Vaccination in the Punjab 1897-1904 - 1897-1904
Year: 1897
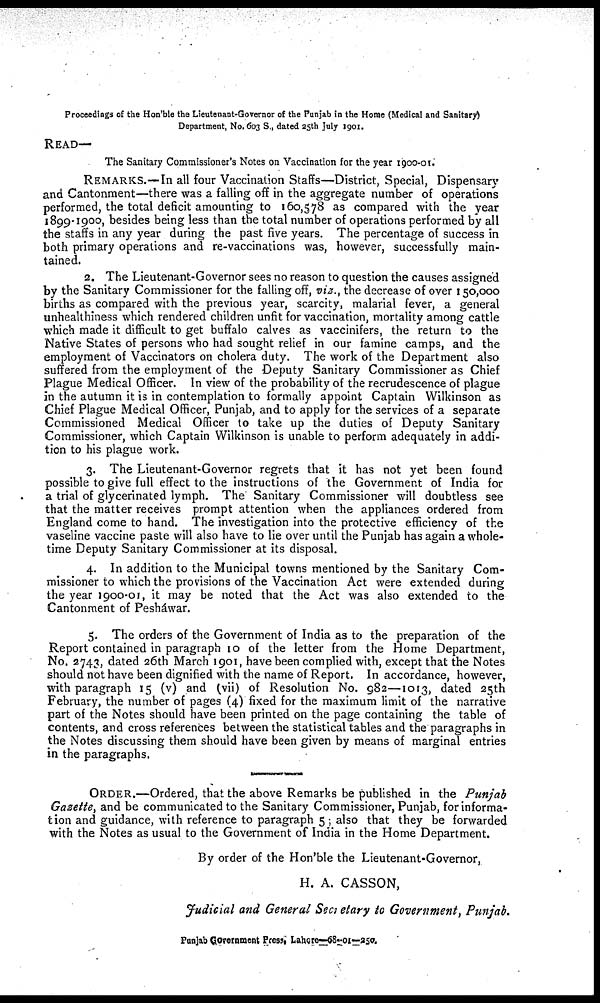
Proceedings of the Hon'ble the Lieutenant-Governor of the Punjab in the Home (Medical and Sanitary)
Department, No. 603 S., dated 25th July 1901.
READ—
The Sanitary Commissioner's Notes on Vaccination for the year 1900-01.
REMARKS.—In all four Vaccination Staffs—District, Special, Dispensary
and Cantonment—there was a falling off in the aggregate number of operations
performed, the total deficit amounting to 160,578 as compared with the year
1899-1900, besides being less than the total number of operations performed by all
the staffs in any year during the past five years. The percentage of success in
both primary operations and re-vaccinations was, however, successfully main-
tained.
2. The Lieutenant-Governor sees no reason to question the causes assigned
by the Sanitary Commissioner for the falling off, viz., the decrease of over 150,000
births as compared with the previous year, scarcity, malarial fever, a general
unhealthiness which rendered children unfit for vaccination, mortality among cattle
which made it difficult to get buffalo calves as vaccinifers, the return to the
Native States of persons who had sought relief in our famine camps, and the
employment of Vaccinators on cholera duty. The work of the Department also
suffered from the employment of the Deputy Sanitary Commissioner as Chief
Plague Medical Officer. In view of the probability of the recrudescence of plague
in the autumn it is in contemplation to formally appoint Captain Wilkinson as
Chief Plague Medical Officer, Punjab, and to apply for the services of a separate
Commissioned Medical Officer to take up the duties of Deputy Sanitary
Commissioner, which Captain Wilkinson is unable to perform adequately in addi-
tion to his plague work.
3. The Lieutenant-Governor regrets that it has not yet been found
possible to give full effect to the instructions of the Government of India for
a trial of glycerinated lymph. The Sanitary Commissioner will doubtless see
that the matter receives prompt attention when the appliances ordered from
England come to hand. The investigation into the protective efficiency of the
vaseline vaccine paste will also have to lie over until the Punjab has again a whole-
time Deputy Sanitary Commissioner at its disposal.
4. In addition to the Municipal towns mentioned by the Sanitary Com-
missioner to which the provisions of the Vaccination Act were extended during
the year 1900-01, it may be noted that the Act was also extended to the
Cantonment of Pesháwar.
5. The orders of the Government of India as to the preparation of the
Report contained in paragraph 10 of the letter from the Home Department,
No. 2743, dated 26th March 1901, have been complied with, except that the Notes
should not have been dignified with the name of Report. In accordance, however,
with paragraph 15 (v) and (vii) of Resolution No. 982—1013, dated 25th
February, the number of pages (4) fixed for the maximum limit of the narrative
part of the Notes should have been printed on the page containing the table of
contents, and cross references between the statistical tables and the paragraphs in
the Notes discussing them should have been given by means of marginal entries
in the paragraphs.
ORDER.—Ordered, that the above Remarks be published in the Punjab
Gazette, and be communicated to the Sanitary Commissioner, Punjab, for informa-
tion and guidance, with reference to paragraph 5; also that they be forwarded
with the Notes as usual to the Government of India in the Home Department.
By order of the Hon'ble the Lieutenant-Governor,
H. A. CASSON,
Judicial and General Secretary to Government, Punjab.
Punjab Government Press, Lahore—68-01—250.